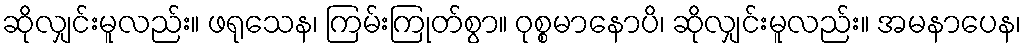
ဆိုလျှင်းမူလည်း။ ဖရုသေန၊ ကြမ်းကြုတ်စွာ။ ဝုစ္စမာနောပိ၊ ဆိုလျှင်းမူလည်း။ အမနာပေန၊